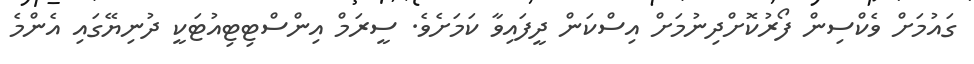
ގައުމަށް ވެކްސިން ފޯރުކޮށްދިނުމަށް އިސްކަން ދީފައިވާ ކަމަށެވެ. ސީރަމް އިންސްޓިޓިއުޓަކީ ދުނިިޔޭގައި އެންމެ